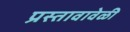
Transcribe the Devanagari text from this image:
प्रस्तावावेळी